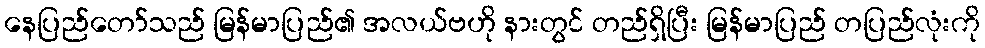
နေပြည်တော်သည် မြန်မာပြည်၏ အလယ်ဗဟို နားတွင် တည်ရှိပြီး မြန်မာပြည် တပြည်လုံးကို